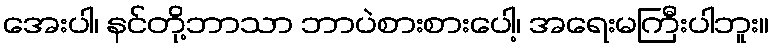
အေးပါ၊ နင်တို့ဘာသာ ဘာပဲစားစားပေါ့၊ အရေးမကြီးပါဘူး။